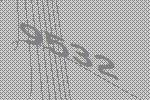
9532